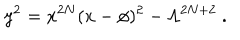
y ^ { 2 } = x ^ { 2 N } ( x - \phi ) ^ { 2 } - \Lambda ^ { 2 N + 2 } \ .